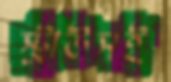
স্ট্রাউসই